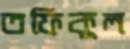
তফিকুল